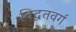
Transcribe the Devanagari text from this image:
विद्वतवर्ग